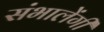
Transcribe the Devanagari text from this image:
संभालेंगी